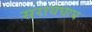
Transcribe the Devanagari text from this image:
सरायघाघ